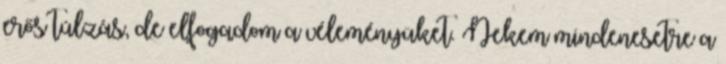
erős túlzás, de elfogadom a véleményüket. Nekem mindenesetre a